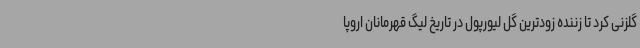
گلزنی کرد تا زننده زودترین گل لیورپول در تاریخ لیگ قهرمانان اروپا